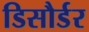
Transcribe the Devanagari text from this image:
डिसौर्डर